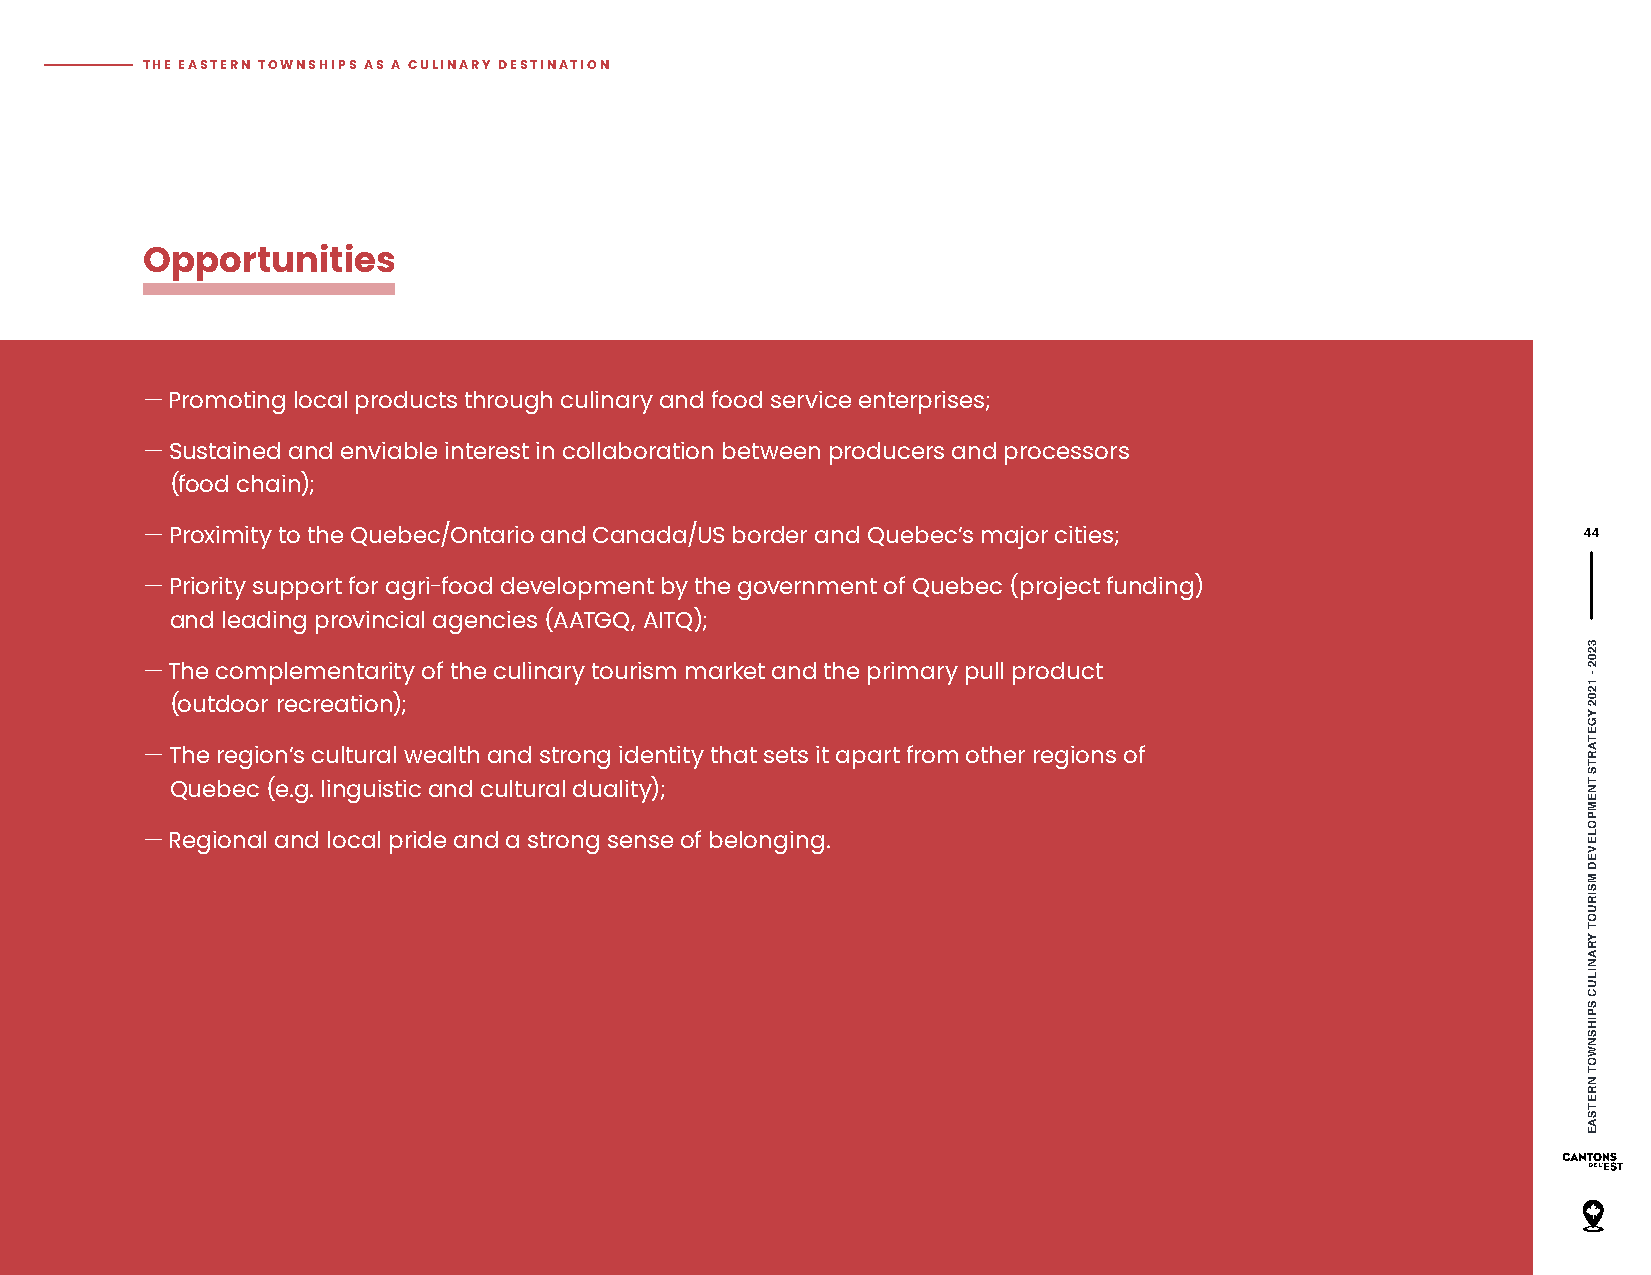
THE EASTERN TOWNSHIPS AS A CULINARY DESTINATION
 Opportunities
 — Promoting local products through culinary and food service enterprises;
 — Sustained and enviable interest in collaboration between producers and processors
 (food chain);
 — Proximity to the Quebec/Ontario and Canada/US border and Quebec’s major cities;               44
 — Priority support for agri-food development by the government of Quebec (project funding)
 and leading provincial agencies (AATGQ, AITQ);
 — The complementarity of the culinary tourism market and the primary pull product
 (outdoor recreation);
 — The region’s cultural wealth and strong identity that sets it apart from other regions of
 Quebec (e.g. linguistic and cultural duality);
 — Regional and local pride and a strong sense of belonging.
 3202
 -
 1202
 YGETARTS
 TNEMPOLEVED
 MSIRUOT
 YRANILUC
 SPIHSNWOT
 NRETSAE